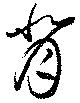
背